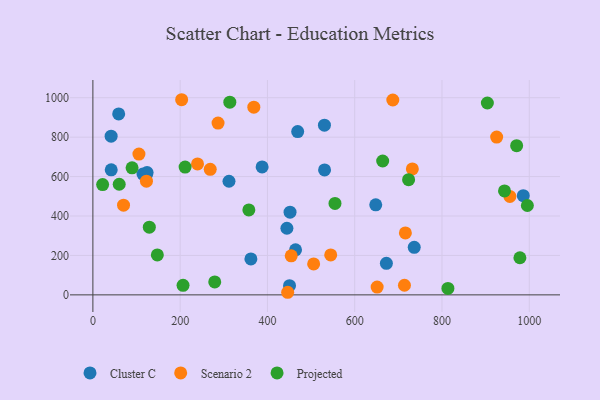
{"axis": {"x": "Price", "y": "Profit"}, "legend": ["Cluster C", "Projected", "Scenario 2"], "data": [{"x": "530.6", "y": 860.6, "type": "Cluster C"}, {"x": "387.8", "y": 648.9, "type": "Cluster C"}, {"x": "736.4", "y": 240.9, "type": "Cluster C"}, {"x": "41.8", "y": 805.0, "type": "Cluster C"}, {"x": "124.2", "y": 620.5, "type": "Cluster C"}, {"x": "530.9", "y": 633.7, "type": "Cluster C"}, {"x": "450.6", "y": 46.8, "type": "Cluster C"}, {"x": "451.8", "y": 419.5, "type": "Cluster C"}, {"x": "362.1", "y": 182.2, "type": "Cluster C"}, {"x": "464.4", "y": 228.6, "type": "Cluster C"}, {"x": "311.9", "y": 576.3, "type": "Cluster C"}, {"x": "114.8", "y": 612.6, "type": "Cluster C"}, {"x": "42.0", "y": 634.5, "type": "Cluster C"}, {"x": "672.6", "y": 160.0, "type": "Cluster C"}, {"x": "444.6", "y": 337.9, "type": "Cluster C"}, {"x": "648.2", "y": 456.8, "type": "Cluster C"}, {"x": "122.5", "y": 608.7, "type": "Cluster C"}, {"x": "59.1", "y": 917.7, "type": "Cluster C"}, {"x": "469.3", "y": 828.2, "type": "Cluster C"}, {"x": "986.3", "y": 503.4, "type": "Cluster C"}, {"x": "239.8", "y": 664.0, "type": "Scenario 2"}, {"x": "545.0", "y": 202.6, "type": "Scenario 2"}, {"x": "925.3", "y": 800.2, "type": "Scenario 2"}, {"x": "368.8", "y": 952.1, "type": "Scenario 2"}, {"x": "122.7", "y": 576.6, "type": "Scenario 2"}, {"x": "716.1", "y": 314.4, "type": "Scenario 2"}, {"x": "714.0", "y": 48.7, "type": "Scenario 2"}, {"x": "286.8", "y": 871.2, "type": "Scenario 2"}, {"x": "268.9", "y": 636.8, "type": "Scenario 2"}, {"x": "505.9", "y": 157.1, "type": "Scenario 2"}, {"x": "687.3", "y": 988.4, "type": "Scenario 2"}, {"x": "955.6", "y": 499.1, "type": "Scenario 2"}, {"x": "446.4", "y": 13.1, "type": "Scenario 2"}, {"x": "70.2", "y": 455.2, "type": "Scenario 2"}, {"x": "732.1", "y": 638.8, "type": "Scenario 2"}, {"x": "105.5", "y": 714.1, "type": "Scenario 2"}, {"x": "454.5", "y": 197.8, "type": "Scenario 2"}, {"x": "651.4", "y": 39.4, "type": "Scenario 2"}, {"x": "203.4", "y": 989.9, "type": "Scenario 2"}, {"x": "971.1", "y": 757.0, "type": "Projected"}, {"x": "129.3", "y": 343.2, "type": "Projected"}, {"x": "211.3", "y": 648.1, "type": "Projected"}, {"x": "943.3", "y": 527.3, "type": "Projected"}, {"x": "206.6", "y": 48.5, "type": "Projected"}, {"x": "554.8", "y": 464.0, "type": "Projected"}, {"x": "723.5", "y": 584.4, "type": "Projected"}, {"x": "664.1", "y": 679.0, "type": "Projected"}, {"x": "995.7", "y": 453.4, "type": "Projected"}, {"x": "22.3", "y": 559.5, "type": "Projected"}, {"x": "279.2", "y": 65.6, "type": "Projected"}, {"x": "978.6", "y": 188.2, "type": "Projected"}, {"x": "89.8", "y": 644.6, "type": "Projected"}, {"x": "357.4", "y": 430.7, "type": "Projected"}, {"x": "313.8", "y": 977.5, "type": "Projected"}, {"x": "60.3", "y": 561.1, "type": "Projected"}, {"x": "147.7", "y": 202.4, "type": "Projected"}, {"x": "813.6", "y": 32.7, "type": "Projected"}, {"x": "904.0", "y": 973.3, "type": "Projected"}]}